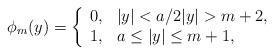
LaTeX: \begin{align*}\phi_m(y)=\left\{\begin{array}{lll}0, & |y|< a/2 |y|>m+2,\\1, & a\le |y|\le m+1,\\\end{array}\right.\end{align*}